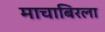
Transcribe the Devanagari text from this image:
माचाबिरला